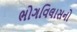
ભોગવિલાસનો